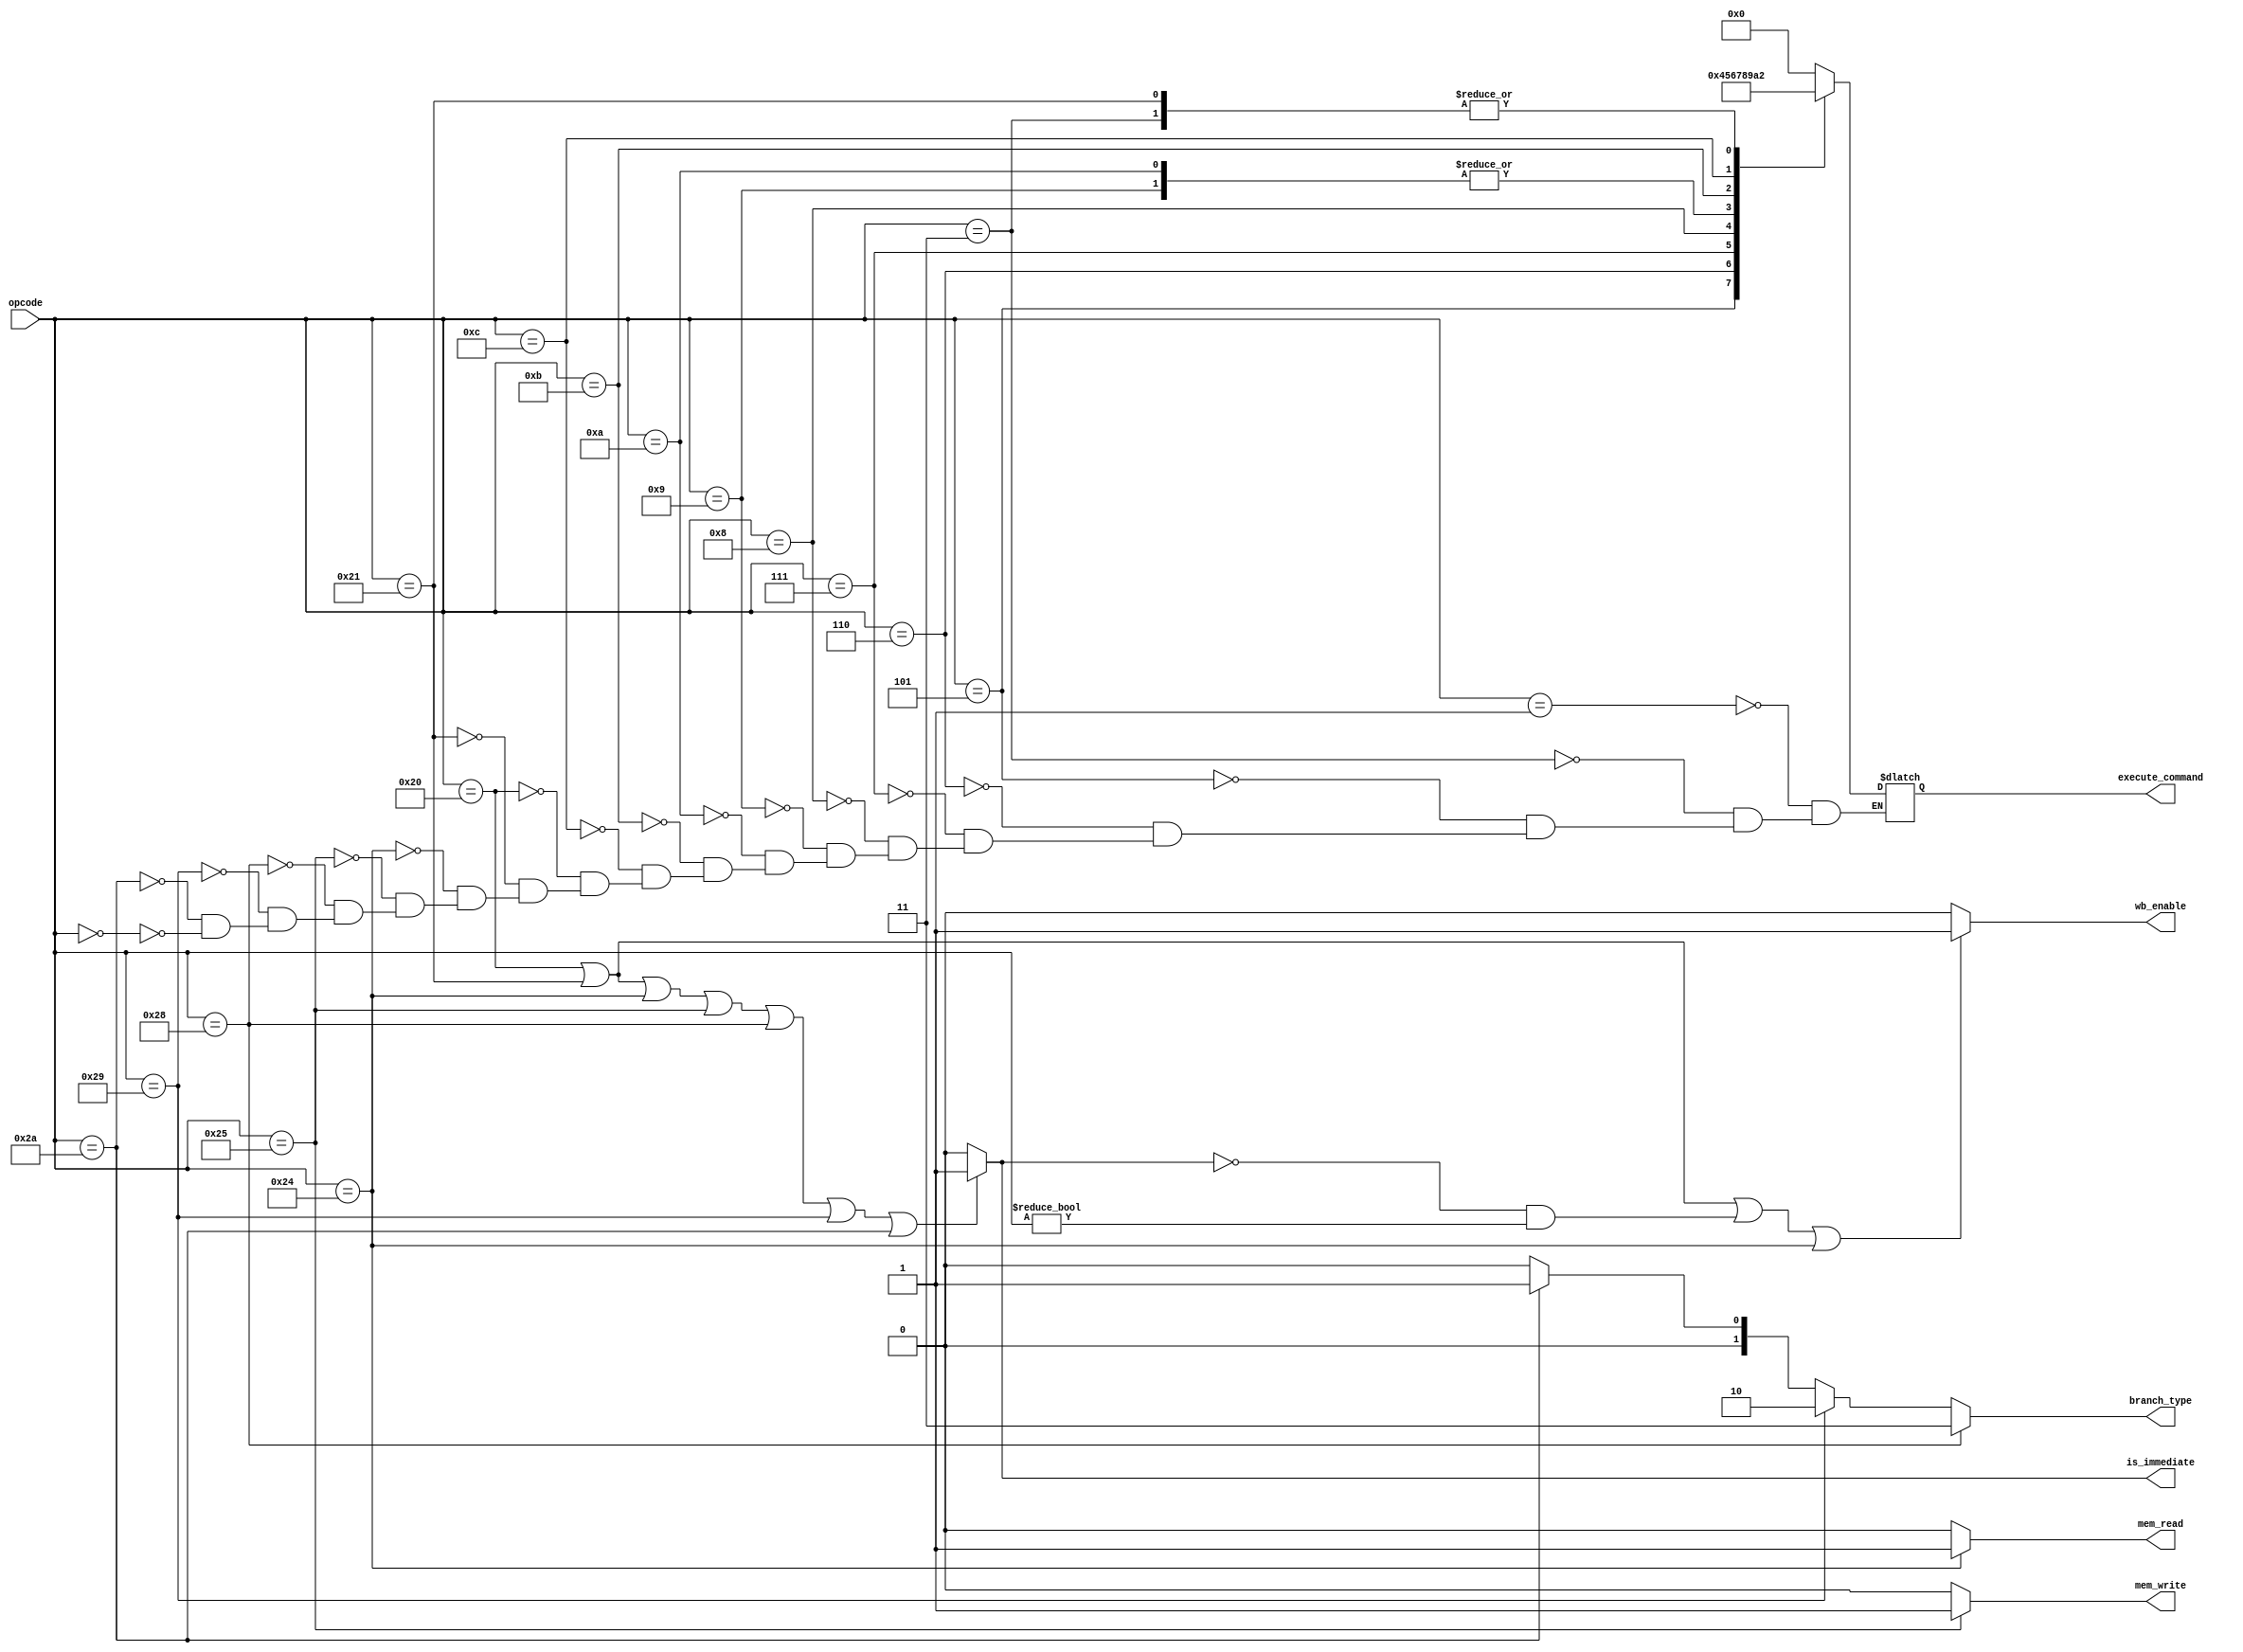
module CU(input [5:0] opcode,
        output reg [3:0] execute_command,
        output  mem_read,
        output  mem_write,
        output  wb_enable,
        output is_immediate,
        output [1:0] branch_type
);

    wire is_i_type;
	assign is_i_type = (opcode == 32 || 
	                       opcode == 33 || 
	                         opcode == 36 || 
	                           opcode == 37 || 
	                             opcode == 40 || 
	                               opcode == 41 || 
	                                 opcode == 42 ) ? 1 : 0;
    assign is_immediate = is_i_type;
    // determine branch type
	// BEZ = 3; BNE = 2; JMP = 1; no jump = 0;
	assign branch_type = ((opcode == 40) ? 3 : (opcode == 41) ? 2 : (opcode == 42) ? 1 : 0);
	
    // memory signals
	assign mem_read = ((opcode == 36) ? 1 : 0);   // for load instruction
	assign mem_write = ((opcode == 37) ? 1 : 0);  // for store instruction
	assign wb_enable = ((opcode == 32 || opcode == 33 || (!is_i_type == 1 && opcode!=0) || opcode==36) ? 1 : 0);

	// alu commands. Note that in some cases there might be identical aluop for different instructions
	always@(opcode) begin
        case(opcode) 
            1: execute_command = 0;
            3: execute_command = 2;
            5: execute_command = 4;
            6: execute_command = 5;
            7: execute_command = 6;
            8: execute_command = 7;
            9: execute_command = 8;    // aluop for this instruction and next on are identical referring to 02-MIPS.pdf > table 2
            10: execute_command = 8;
            11: execute_command = 9;
            12: execute_command = 10;
            32: execute_command = 0;
            33: execute_command = 2;
            36: execute_command = 0;
            37: execute_command = 0;
            40: execute_command=0;
            41: execute_command=0;
            42: execute_command=0;
			0:execute_command=0;
        endcase
    end
endmodule